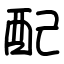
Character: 配